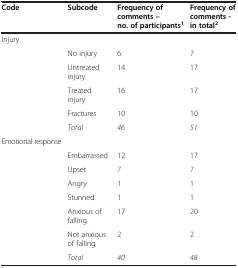
<table><thead><tr><td><b>Code</b></td><td><b>Subcode</b></td><td><b>Frequency of comments – no. of participants<sup>1</sup></b></td><td><b>Frequency of comments - in total<sup>2</sup></b></td></tr></thead><tbody><tr><td>Injury</td><td> </td><td> </td><td> </td></tr><tr><td> </td><td>No injury</td><td>6</td><td>7</td></tr><tr><td> </td><td>Untreated injury</td><td>14</td><td>17</td></tr><tr><td> </td><td>Treated injury</td><td>16</td><td>17</td></tr><tr><td> </td><td>Fractures</td><td>10</td><td>10</td></tr><tr><td> </td><td><i>Total</i></td><td><i>46</i></td><td><i>51</i></td></tr><tr><td>Emotional response</td><td> </td><td> </td><td> </td></tr><tr><td> </td><td>Embarrassed</td><td>12</td><td>17</td></tr><tr><td> </td><td>Upset</td><td>7</td><td>7</td></tr><tr><td> </td><td>Angry</td><td>1</td><td>1</td></tr><tr><td> </td><td>Stunned</td><td>1</td><td>1</td></tr><tr><td> </td><td>Anxious of falling</td><td>17</td><td>20</td></tr><tr><td> </td><td>Not anxious of falling</td><td>2</td><td>2</td></tr><tr><td> </td><td><i>Total</i></td><td><i>40</i></td><td><i>48</i></td></tr></tbody></table>